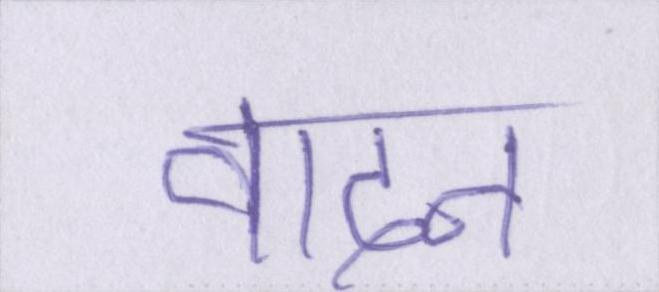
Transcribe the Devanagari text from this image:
वादन